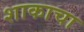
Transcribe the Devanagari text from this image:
शाकाचा